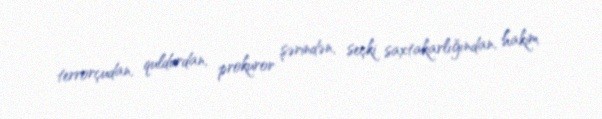
terrorçudan, quldurdan, prokuror şərindən, seçki saxtakarlığından, hakim